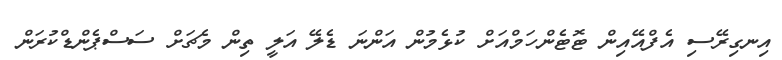
އިނގިރޭސި އެފްއޭއިން ޓޮޓެންހަމްއަށް ކުޅެމުން އަންނަ ޑެލޭ އަލީ ތިން މެޗަށް ސަސްޕެންޑްކުރަން